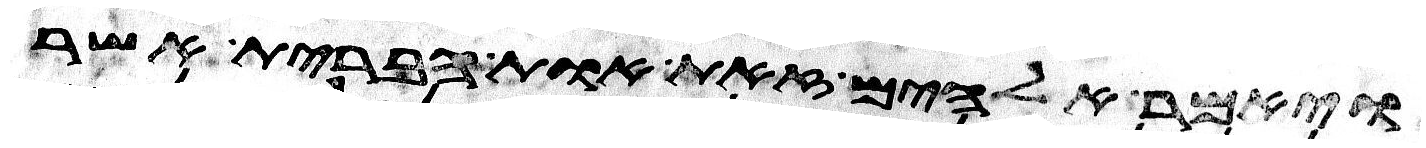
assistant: ויאמר אלהים זאת אות הברית אשר